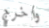
واخرج